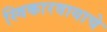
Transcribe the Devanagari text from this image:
स्विकारवायाचे